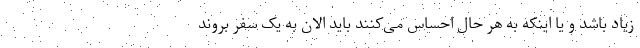
زیاد باشد و یا اینکه به هر حال احساس می‌کنند باید الان به یک سفر بروند